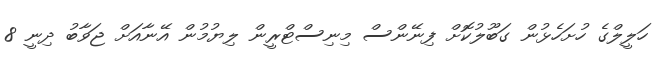
ހަލީލްގެ ހުށަހެޅުން ގަބޫލުކޮށް ފިނޭންސް މިނިސްޓްރީން ލިޔުމުން އޭނާއަށް ޖަވާބު ދިނީ 8